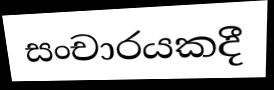
සංචාරයකදී